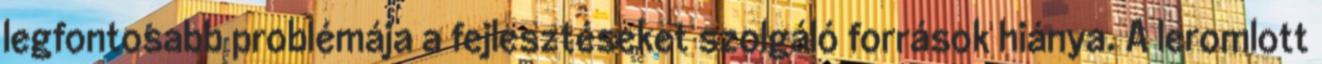
legfontosabb problémája a fejlesztéseket szolgáló források hiánya. A leromlott